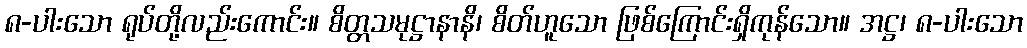
၈-ပါးသော ရုပ်တို့လည်းကောင်း။ စိတ္တသမုဋ္ဌာနာနိ၊ စိတ်ဟူသော ဖြစ်ကြောင်းရှိကုန်သော။ အဋ္ဌ၊ ၈-ပါးသော